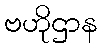
ဗဟိုဌာန